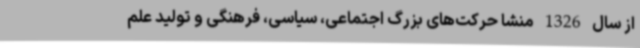
از سال 1326 منشا حرکت‌های بزرگ اجتماعی، سیاسی، فرهنگی و تولید علم